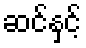
ဆင်နှင့်